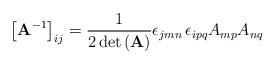
LaTeX: \begin{align*}\left[\mathbf{A}^{-1}\right]_{ij}=\frac{1}{2\,\mathrm{det}\left(\mathbf{A}\right)}\epsilon_{jmn}\,\epsilon_{ipq}A_{mp}A_{nq}\end{align*}